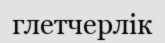
глетчерлік